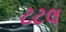
ટટલ